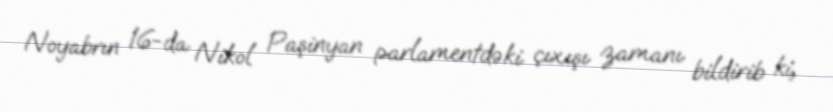
Noyabrın 16-da Nikol Paşinyan parlamentdəki çıxışı zamanı bildirib ki,